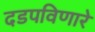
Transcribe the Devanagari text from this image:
दडपविणारे